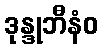
ဒုန္ဒုဘီနံဝ